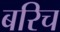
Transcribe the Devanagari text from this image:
बरिच